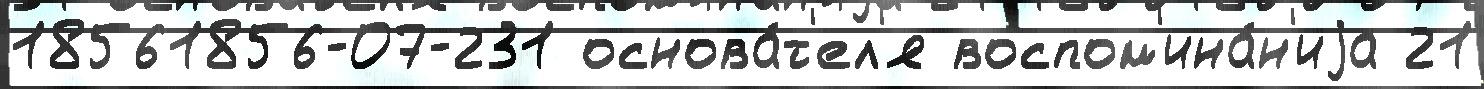
18561856-07-231 основа́т'ел'я воспом'ина́н'иjа 21